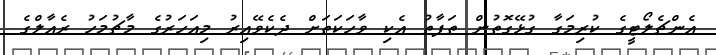
އެންޗެލޯޓީގެ ކުރިމަގާ ގުޅޭގޮތުން ތަފާތު އެކި ވާހަކަތަށް ދެކެވޭއިރު މިއަހަރުގެ މާޗުމަހު ރެއާލްގެ